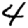
Digit: 4